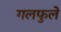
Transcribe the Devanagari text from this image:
गलफुले